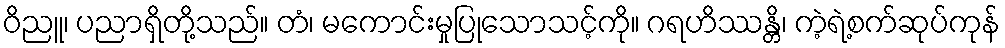
ဝိညူ၊ ပညာရှိတို့သည်။ တံ၊ မကောင်းမှုပြုသောသင့်ကို။ ဂရဟိဿန္တိ၊ ကဲ့ရဲ့စက်ဆုပ်ကုန်